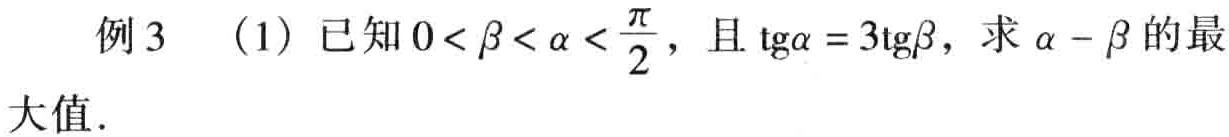
例3 (1) 已知\(0<\beta<\alpha<\frac{\pi}{2}\)，且\(\mathrm{tg}\alpha = 3\mathrm{tg}\beta\)，求\(\alpha - \beta\)的最大值.